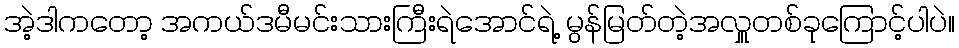
အဲ့ဒါကတော့ အကယ်ဒမီမင်းသားကြီးရဲအောင်ရဲ့ မွန်မြတ်တဲ့အလှူတစ်ခုကြောင့်ပါပဲ။